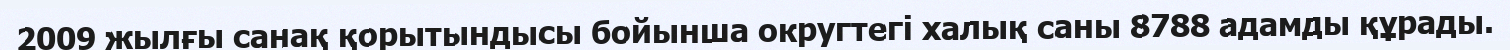
2009 жылғы санақ қорытындысы бойынша округтегі халық саны 8788 адамды құрады.